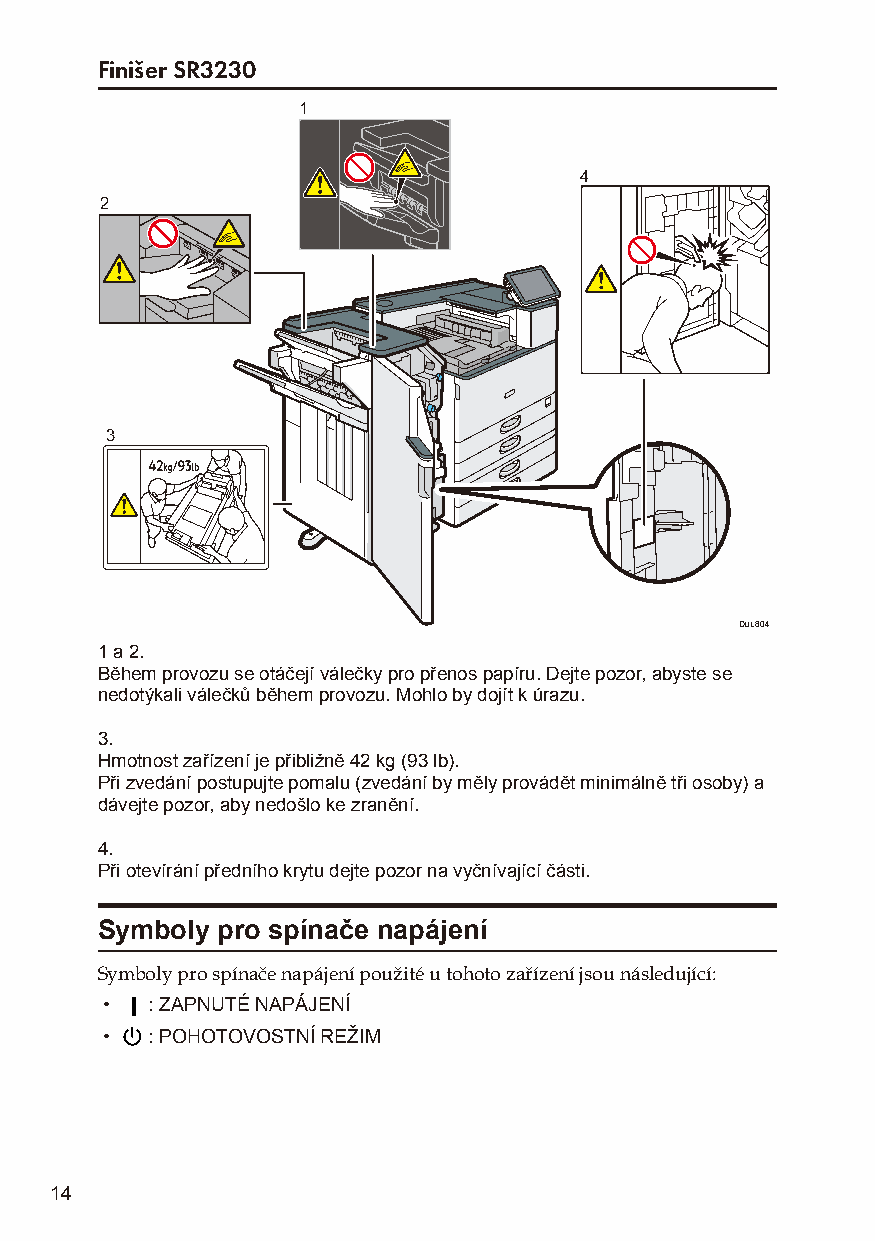
Finišer SR3230
 1
 4
 2
 3
 DUL804
 1 a 2.
 Během provozu se otáčejí válečky pro přenos papíru. Dejte pozor, abyste se
 nedotýkali válečků během provozu. Mohlo by dojít k úrazu.
 3.
 Hmotnost zařízení je přibližně 42 kg (93 lb).
 Při zvedání postupujte pomalu (zvedání by měly provádět minimálně tři osoby) a
 dávejte pozor, aby nedošlo ke zranění.
 4.
 Při otevírání předního krytu dejte pozor na vyčnívající části.
 Symboly pro spínače napájení
 Symboly pro spínače napájení použité u tohoto zařízení jsou následující:
 •  : ZAPNUTÉ NAPÁJENÍ
 •  : POHOTOVOSTNÍ REŽIM
 14